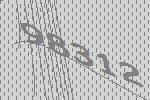
98312